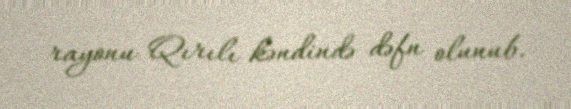
rayonu Qırılı kəndində dəfn olunub.